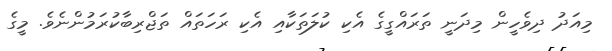
މިއަދު ދިވެހީން މިދަނީ ތަރައްގީގެ އެކި ކުލަތަކާއި އެކި ރަހަތައް ތަޖްރިބާކުރަމުންނެވެ. މީގެ